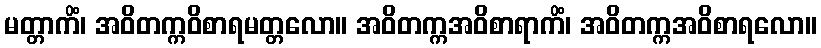
မတ္တာကိံ၊ အဝိတက္ကဝိစာရမတ္တလော။ အဝိတက္ကအဝိစာရာကိံ၊ အဝိတက္ကအဝိစာရလော။